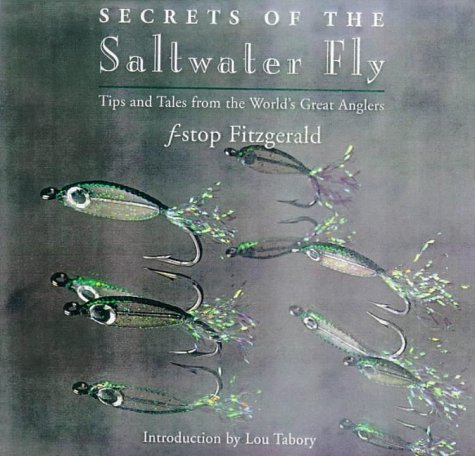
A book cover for Secrets of the Saltwater Fly: Tips and Tales from the World's Great Anglers; f-stop Fitzgerald; Humor & Entertainment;